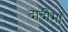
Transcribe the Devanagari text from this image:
दादीमाँ